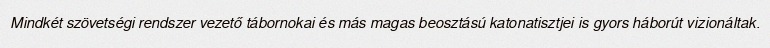
Mindkét szövetségi rendszer vezető tábornokai és más magas beosztású katonatisztjei is gyors háborút vizionáltak.